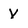
Character: V